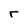
Character: r